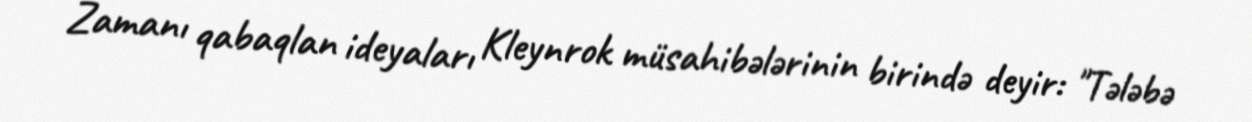
Zamanı qabaqlan ideyaları Kleynrok müsahibələrinin birində deyir: "Tələbə